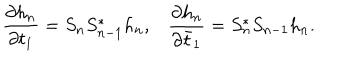
\frac { \partial h _ { n } } { \partial t _ { 1 } } = S _ { n } S _ { n - 1 } ^ { * } h _ { n } , \frac { \partial h _ { n } } { \partial \bar { t } _ { 1 } } = S _ { n } ^ { * } S _ { n - 1 } h _ { n } .